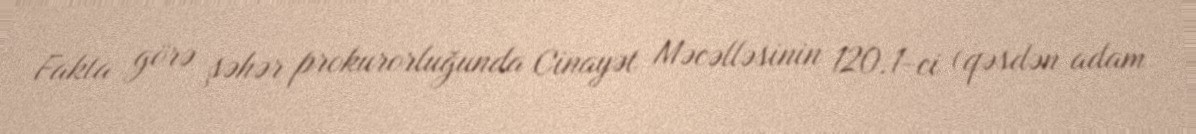
Fakta görə şəhər prokurorluğunda Cinayət Məcəlləsinin 120.1-ci (qəsdən adam